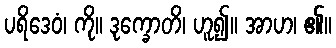
ပရိဒေဝံ၊ ကို။ ဒုက္ခောတိ၊ ဟူ၍။ အာဟ၊ ၏။